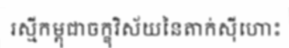
រស្មីកម្ពុជាចក្ខុវិស័យនៃតាក់ស៊ីហោះ